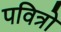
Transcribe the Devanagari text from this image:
पवित्रो